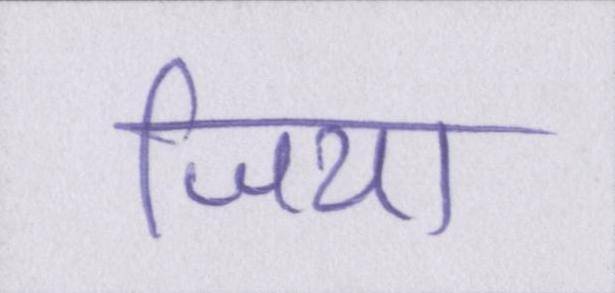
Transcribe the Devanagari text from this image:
जिया